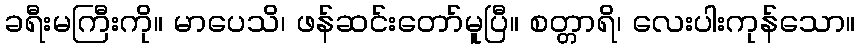
ခရီးမကြီးကို။ မာပေသိ၊ ဖန်ဆင်းတော်မူပြီ။ စတ္တာရိ၊ လေးပါးကုန်သော။